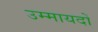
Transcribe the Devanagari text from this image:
उम्मायदों